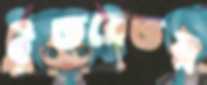
ইতরেতর